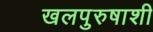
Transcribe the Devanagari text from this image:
खलपुरुषाशी